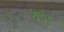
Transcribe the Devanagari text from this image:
उंडर